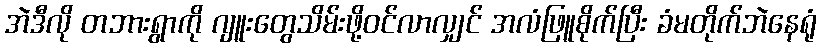
အဲဒီလို တဘားရွာကို ဂျူးတွေသိမ်းဖို့ဝင်လာလျှင် အလံဖြူစိုက်ပြီး ခံမတိုက်ဘဲနေရုံ